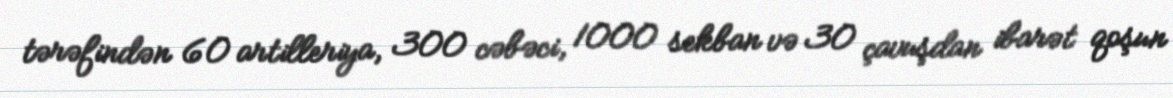
tərəfindən 60 artilleriya, 300 cəbəci, 1000 sekban və 30 çavuşdan ibarət qoşun